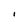
Character: I